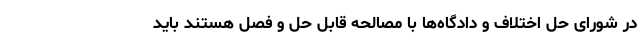
در شورای حل اختلاف و دادگاه‌ها با مصالحه قابل حل و فصل هستند باید